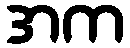
အက